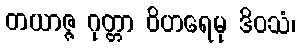
တယာဇ္ဇ ဂုတ္တာ ဝိဟရေမု ဒိဝသံ၊